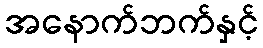
အနောက်ဘက်နှင့်